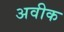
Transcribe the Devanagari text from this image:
अवीक